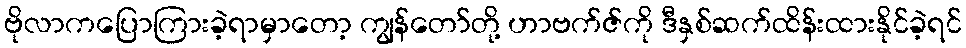
ဗိုလာကပြောကြားခဲ့ရာမှာတော့ ကျွန်တော်တို့ ဟာဗက်ဇ်ကို ဒီနှစ်ဆက်ထိန်းထားနိုင်ခဲ့ရင်